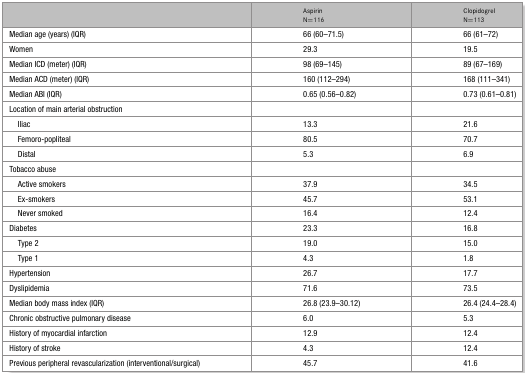
<table><thead><tr><td></td><td><b>Aspirin N=116</b></td><td><b>Clopidogrel N=113</b></td></tr></thead><tbody><tr><td>Median age (years) (IQR)</td><td>66 (60–71.5)</td><td>66 (61–72)</td></tr><tr><td>Women</td><td>29.3</td><td>19.5</td></tr><tr><td>Median ICD (meter) (IQR)</td><td>98 (69–145)</td><td>89 (67–169)</td></tr><tr><td>Median ACD (meter) (IQR)</td><td>160 (112–294)</td><td>168 (111–341)</td></tr><tr><td>Median ABI (IQR)</td><td>0.65 (0.56–0.82)</td><td>0.73 (0.61–0.81)</td></tr><tr><td>Location of main arterial obstruction</td><td></td><td></td></tr><tr><td> Iliac</td><td>13.3</td><td>21.6</td></tr><tr><td> Femoro-popliteal</td><td>80.5</td><td>70.7</td></tr><tr><td> Distal</td><td>5.3</td><td>6.9</td></tr><tr><td>Tobacco abuse</td><td></td><td></td></tr><tr><td> Active smokers</td><td>37.9</td><td>34.5</td></tr><tr><td> Ex-smokers</td><td>45.7</td><td>53.1</td></tr><tr><td> Never smoked</td><td>16.4</td><td>12.4</td></tr><tr><td>Diabetes</td><td>23.3</td><td>16.8</td></tr><tr><td> Type 2</td><td>19.0</td><td>15.0</td></tr><tr><td> Type 1</td><td>4.3</td><td>1.8</td></tr><tr><td>Hypertension</td><td>26.7</td><td>17.7</td></tr><tr><td>Dyslipidemia</td><td>71.6</td><td>73.5</td></tr><tr><td>Median body mass index (IQR)</td><td>26.8 (23.9–30.12)</td><td>26.4 (24.4–28.4)</td></tr><tr><td>Chronic obstructive pulmonary disease</td><td>6.0</td><td>5.3</td></tr><tr><td>History of myocardial infarction</td><td>12.9</td><td>12.4</td></tr><tr><td>History of stroke</td><td>4.3</td><td>12.4</td></tr><tr><td>Previous peripheral revascularization (interventional/surgical)</td><td>45.7</td><td>41.6</td></tr></tbody></table>